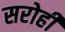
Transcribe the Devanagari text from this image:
सरोही